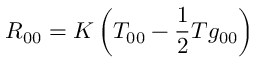
R _ { 0 0 } = K \left( T _ { 0 0 } - { \frac { 1 } { 2 } } T g _ { 0 0 } \right)